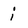
Character: i